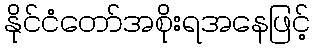
နိုင်ငံတော်အစိုးရအနေဖြင့်